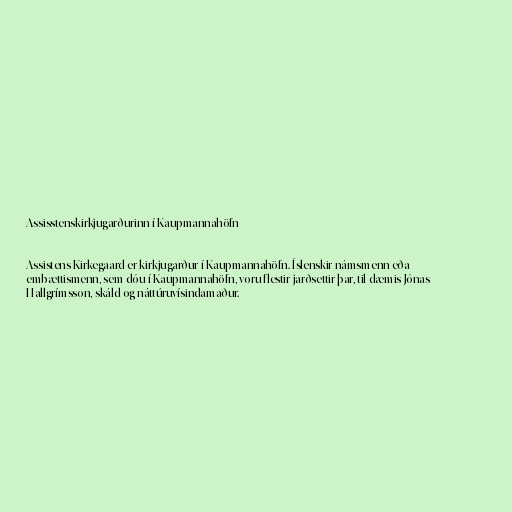
Assisstenskirkjugarðurinn í Kaupmannahöfn

Assistens Kirkegaard er kirkjugarður í Kaupmannahöfn. Íslenskir námsmenn eða
embættismenn, sem dóu í Kaupmannahöfn, voru flestir jarðsettir þar, til dæmis Jónas
Hallgrímsson, skáld og náttúruvísindamaður.